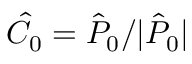
\hat { C } _ { 0 } = \hat { P } _ { 0 } / | \hat { P } _ { 0 } |